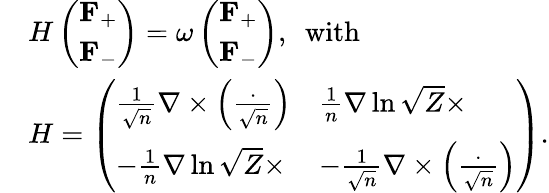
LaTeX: \begin{array}{rl}&{H\left(\begin{array}{l}{\mathbf{F}_{+}}\\ {\mathbf{F}_{-}}\end{array}\right)=\omega\left(\begin{array}{l}{\mathbf{F}_{+}}\\ {\mathbf{F}_{-}}\end{array}\right),~~\mathrm{with}~~}\\ &{H=\left(\begin{array}{ll}{\frac{1}{\sqrt{n}}\nabla\times\left(\frac{\cdot}{\sqrt{n}}\right)}&{\frac{1}{n}\nabla\ln\sqrt{Z}\times}\\ {-\frac{1}{n}\nabla\ln\sqrt{Z}\times}&{-\frac{1}{\sqrt{n}}\nabla\times\left(\frac{\cdot}{\sqrt{n}}\right)}\end{array}\right).}\end{array}